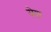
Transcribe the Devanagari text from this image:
येश